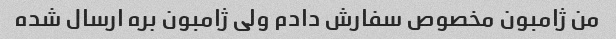
من ژامبون مخصوص سفارش دادم ولی ژامبون بره ارسال شده